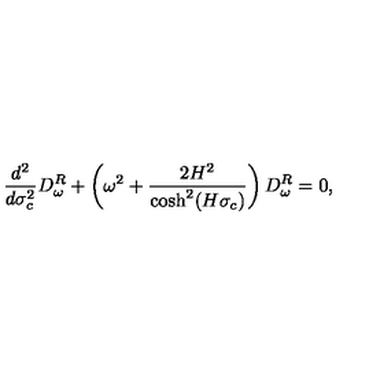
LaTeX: \frac { d ^ { 2 } } { d \sigma _ { c } ^ { 2 } } D _ { \omega } ^ { R } + \left( \omega ^ { 2 } + \frac { 2 H ^ { 2 } } { \cosh ^ { 2 } ( H \sigma _ { c } ) } \right) D _ { \omega } ^ { R } = 0 ,